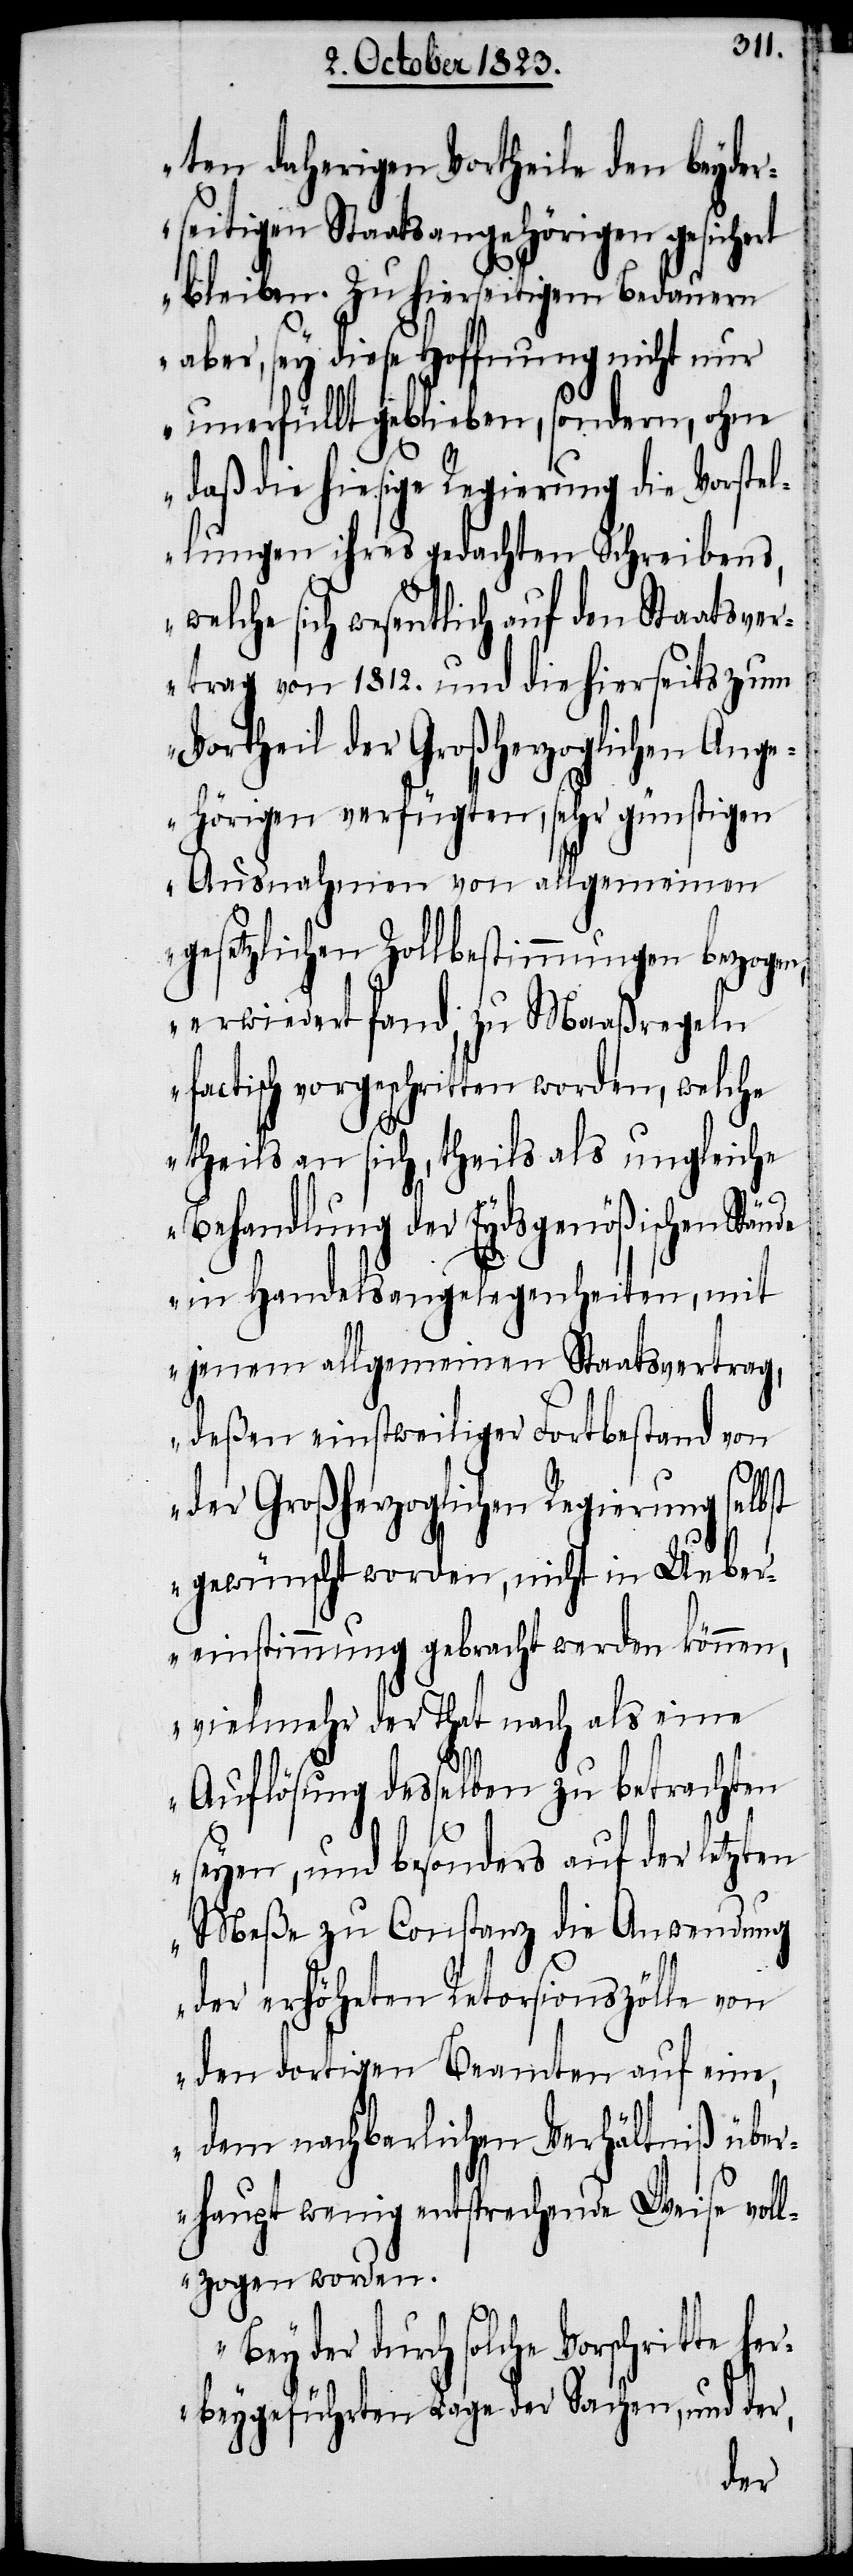
ten daherigen Vortheile den beyder¬
seitigen Staatsangehörigen gesichert
bleiben. Zu hierseitigem Bedauern
aber, sey diese Hoffnung nicht nur
unerfüllt geblieben, sondern, ohne
daß die hiesige Regierung die Vorstel¬
lungen ihres gedachten Schreibens,
welche sich wesentlich auf den Staatsve¬
rtrag von 1812. und die hierseits zum
Vortheil der Großherzoglichen Ange¬
hörigen verfügten, sehr günstigen
Ausnahmen von allgemeinen
gesetzlichen Zollbestimmungen bezogen,
erwiedert fand; zu Maaßregeln
factisch vorgeschritten worden, welche
theils an sich, theils als ungleiche
Behandlung der Eydsgenößischen
in Handelsangelegenheiten, mit
jenem allgemeinen Staatsvertrag,
deßen einstweiliger Fortbestand von
der Großherzoglichen Regierung selb¬
st gewünscht worden, nicht in Ueber¬
einstimmung gebracht werden können,
vielmehr der That nach als eine
Auflösung desselben zu betrachten
seyen, und besonders auf der letzten
Meße zu Constanz die Anwendung
der erhöheten Retorsionszölle von
den dortigen Beamten auf eine,
dem nachbarlichen Verhältniß über¬
haupt wenig entsprechende Weise vol¬
lzogen worden.
Bey der durch solche Vorschritte
herbeygeführten Lage der Sachen, und der,